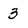
Character: 3